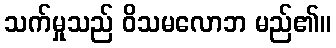
သက်မှုသည် ဝိသမလောဘ မည်၏။